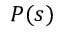
P ( s )